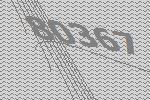
80367